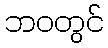
ဘဝတွင်